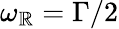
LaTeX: \omega_{\mathbb{R}}=\Gamma/2